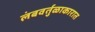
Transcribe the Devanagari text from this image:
लंबवर्तुळाकारात